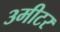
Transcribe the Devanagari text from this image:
३मीटर